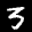
Label: 5